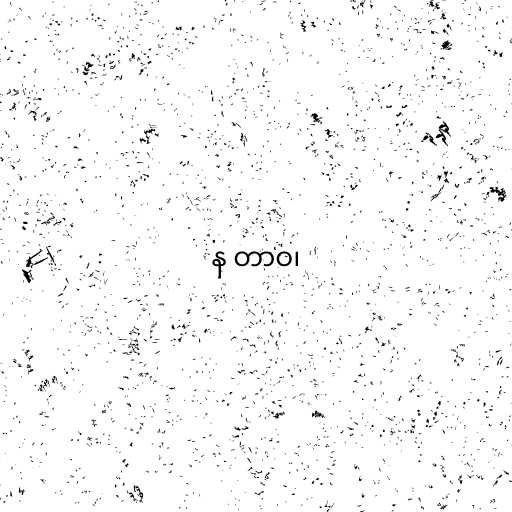
န တာဝ၊